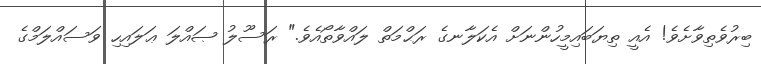
ބިރުވެތިވާށެވެ! އެއީ ތިޔަބައިމީހުންނަށް އެކަލާނގެ ރަޙްމަތް ލައްވާތޯއެވެ." ރަސޫލު ޞައްލަ ޢަލައިހި ވަސައްލަމްގެ